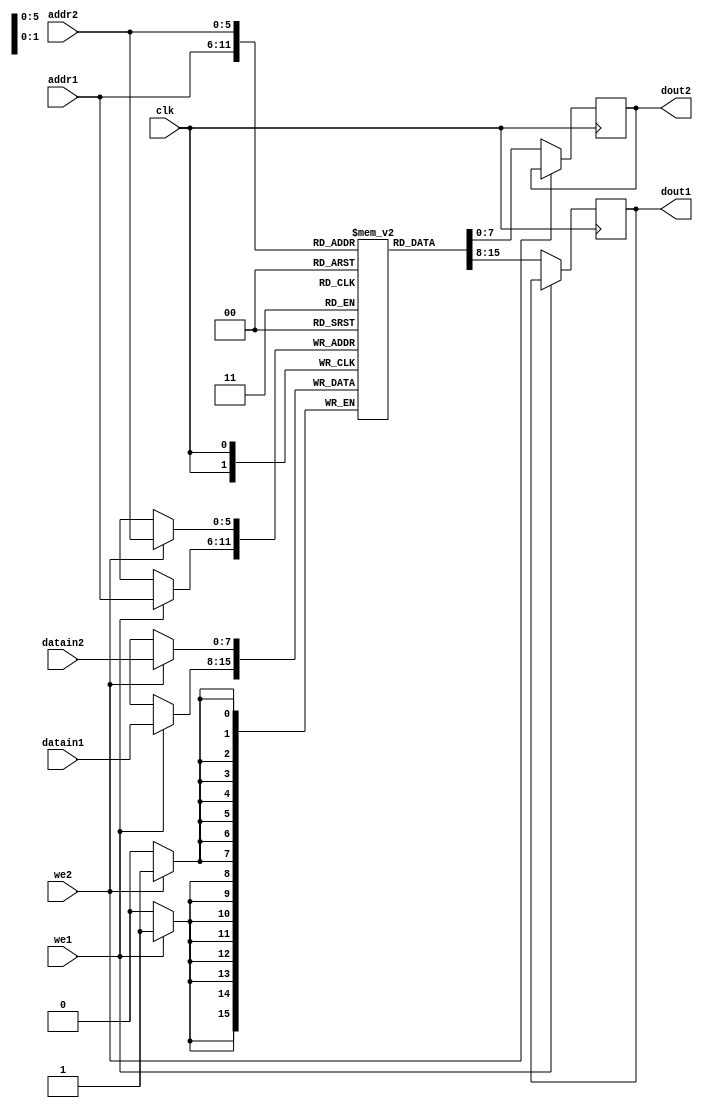
`timescale 1ns / 1ps
//////////////////////////////////////////////////////////////////////////////////
// Company: 
// Engineer: 
// 
// Design Name: 
// Module Name: dualportram
// Project Name: 
// Target Devices: 
// Tool Versions: 
// Description: 
// 
// Dependencies: 
// 
// Revision:
// Revision 0.01 - File Created
// Additional Comments:
// 
//////////////////////////////////////////////////////////////////////////////////


module dualportram(
   input [7:0] datain1,datain2,
   input [5:0]addr1,addr2,
   input we1,we2,
   input clk,
   output reg [7:0]dout1,dout2
    );
    
    reg [7:0] ram [63:0]; //8*64 bit ram
    
    always @ (posedge clk)
      begin
        if(we1)
         ram[addr1] <= datain1;
        else
        dout1 <=ram[addr1];
      end
      
     always @ (posedge clk)
           begin
             if(we2)
              ram[addr2] <= datain2;
             else
             dout2 <=ram[addr2];
           end
endmodule